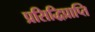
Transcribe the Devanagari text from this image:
प्रसिद्धिप्राप्ति